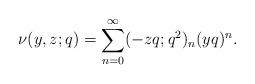
LaTeX: \begin{align*} \nu(y,z;q)=\sum_{n=0}^{\infty}(-zq;q^2)_n(yq)^n. \end{align*}